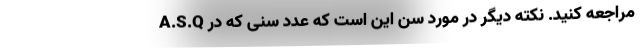
A.S.Q مراجعه کنید. نکته دیگر در مورد سن این است که عدد سنی که در